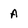
Character: A